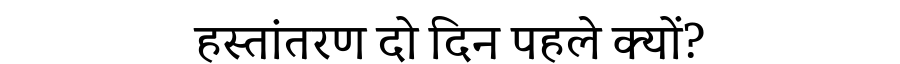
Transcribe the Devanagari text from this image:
हस्तांतरण दो दिन पहले क्यों?